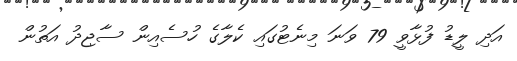
އަދި ލީޑު ފުޅާވީ 79 ވަނަ މިނެޓުގައި ކެލާގެ ހުސެއިން ސާޖިދު އަތުން